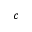
c